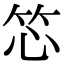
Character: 𬔰